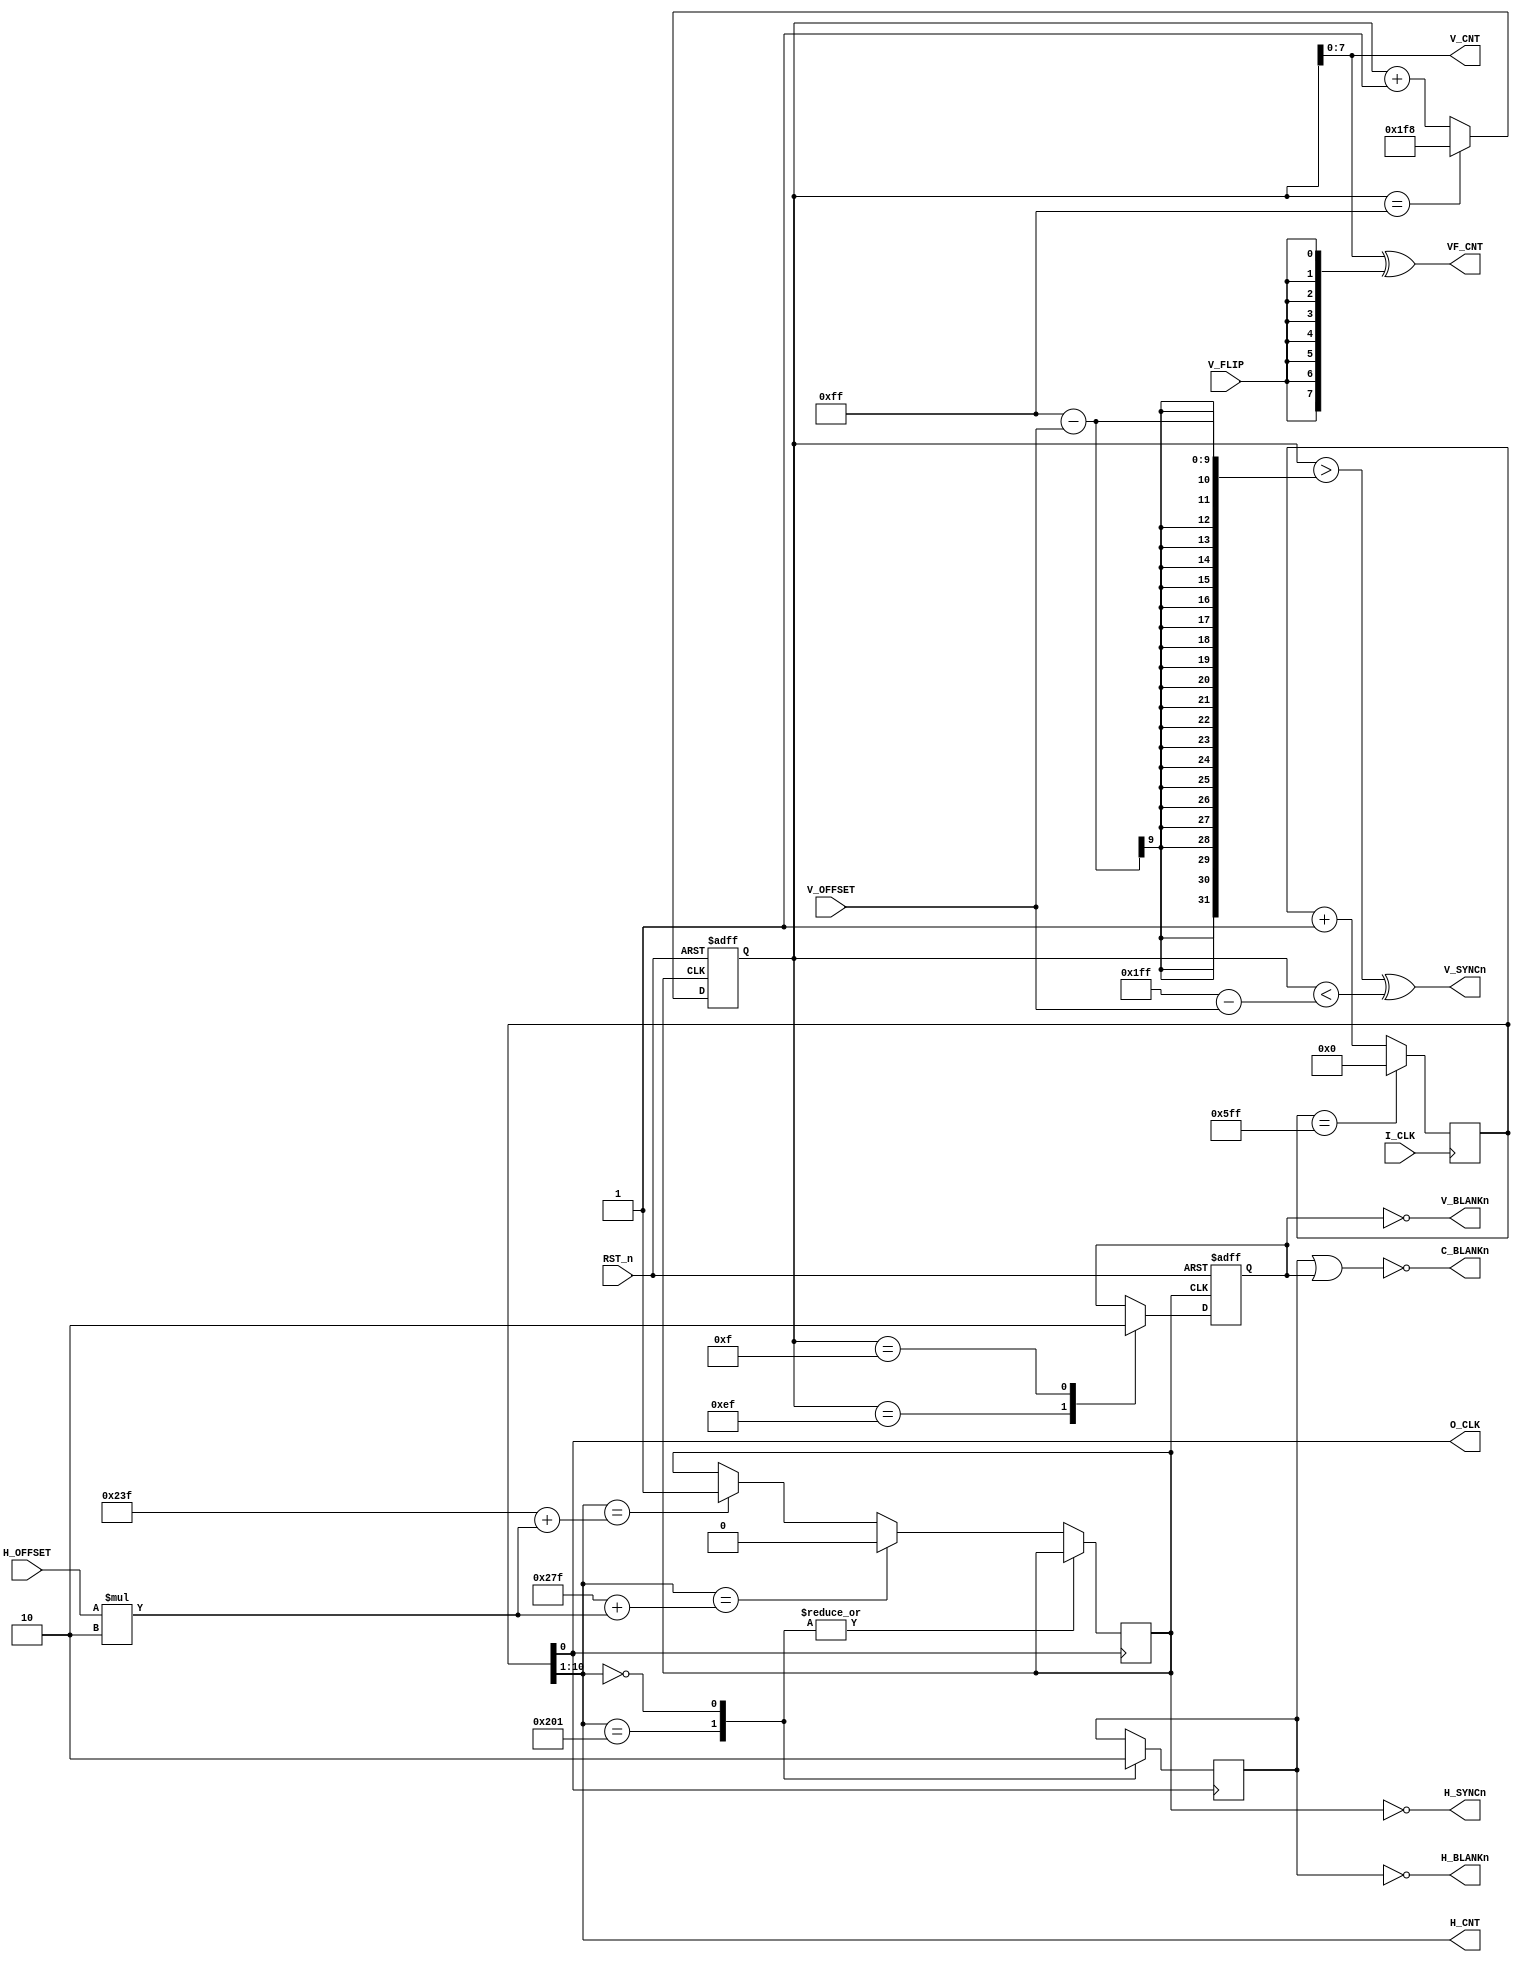
//===============================================================================
// FPGA DONKEY KONG  H&V COUNTER
//
// Version : 2.00
//
// Copyright(c) 2003 - 2004 Katsumi Degawa , All rights reserved
//
// Important !
//
// This program is freeware for non-commercial use.
// An author does no guarantee about this program.
// You can use this under your own risk.
//
// 2005- 2- 9 	some changed.
//================================================================================
//-----------------------------------------------------------------------------------------
// H_CNT[0],H_CNT[1],H_CNT[2],H_CNT[3],H_CNT[4],H_CNT[5],H_CNT[6],H_CNT[7],H_CNT[8],H_CNT[9]
//   1/2 H     1 H     2 H      4H       8H       16 H     32H      64 H     128 H   256 H
//-----------------------------------------------------------------------------------------
// V_CNT[0], V_CNT[1], V_CNT[2], V_CNT[3], V_CNT[4], V_CNT[5], V_CNT[6], V_CNT[7]
//    1 V      2 V       4 V       8 V       16 V      32 V      64 V     128 V
//-----------------------------------------------------------------------------------------
// VF_CNT[0],VF_CNT[1],VF_CNT[2],VF_CNT[3],VF_CNT[4],VF_CNT[5],VF_CNT[6],VF_CNT[7]
//    1 VF     2 VF      4 VF      8 VF      16 VF     32 VF     64 VF    128 VF


module dkongjr_hv_count(
    // input
    input        I_CLK,	// 24.576MHz
    input        RST_n,
    input        V_FLIP,
    input  [8:0] H_OFFSET,
    input  [8:0] V_OFFSET,

    // output
    output       O_CLK,
    output [9:0] H_CNT,
    output [7:0] V_CNT,
    output [7:0] VF_CNT,
    output       H_BLANKn,
    output       V_BLANKn,
    output       C_BLANKn,
    output       H_SYNCn,
    output       V_SYNCn
);

// parameters tuned to work with flip-screen switch modification
parameter H_count = 1536;
parameter H_BL_P  = 513;
parameter H_BL_W  = 0;
parameter V_CL_P  = 575;
parameter V_CL_W  = 639;
parameter V_BL_P  = 239;
parameter V_BL_W  = 15;

reg [10:0] H_CNT_r = 0;
reg        V_CLK = 1'b0;
reg        H_BLANK = 1'b0;

always@(posedge I_CLK) begin
   H_CNT_r <= (H_CNT_r == H_count-1)? 0 : H_CNT_r+1 ;
end

assign H_CNT[9:0] = H_CNT_r[10:1];
assign O_CLK      = H_CNT_r[0];

always@(posedge O_CLK) begin
    case(H_CNT[9:0])
	H_BL_P: H_BLANK <= 1;
        H_BL_W: H_BLANK <= 0;
        V_CL_W + H_OFFSET*2: V_CLK   <= 0;
        V_CL_P + H_OFFSET*2: V_CLK   <= 1;
        default:;
    endcase
end

assign H_SYNCn  = ~V_CLK;
assign H_BLANKn = ~H_BLANK;


reg    [8:0]V_CNT_r;
always@(posedge V_CLK or negedge RST_n)
begin
   if(RST_n == 1'b0)
      V_CNT_r <= 0 ;
   else
      V_CNT_r <= (V_CNT_r == 255)? 504 : V_CNT_r+1 ;
end

reg    V_BLANK;
always@(posedge V_CLK or negedge RST_n)
begin
   if(RST_n == 1'b0)begin
      V_BLANK <= 0 ;
   end
   else begin
      case(V_CNT_r[8:0])
         V_BL_P: V_BLANK <= 1;
         V_BL_W: V_BLANK <= 0;
        default:;
      endcase
   end
end

assign V_CNT[7:0] = V_CNT_r[7:0];
assign V_SYNCn    = (V_CNT_r > 255 - V_OFFSET) ^ (V_CNT_r < 9'd511 - V_OFFSET);
assign V_BLANKn   = ~V_BLANK;
assign C_BLANKn   = ~(H_BLANK | V_BLANK);
assign VF_CNT[7:0]= V_CNT ^ {8{V_FLIP}};

endmodule